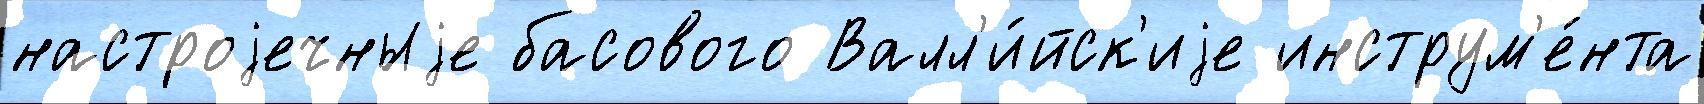
настроjечныjе басового Валл'и́йск'иjе инструм'е́нта